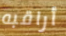
أراقبه